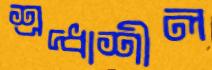
শ্রদ্ধাশীল